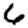
Digit: 6